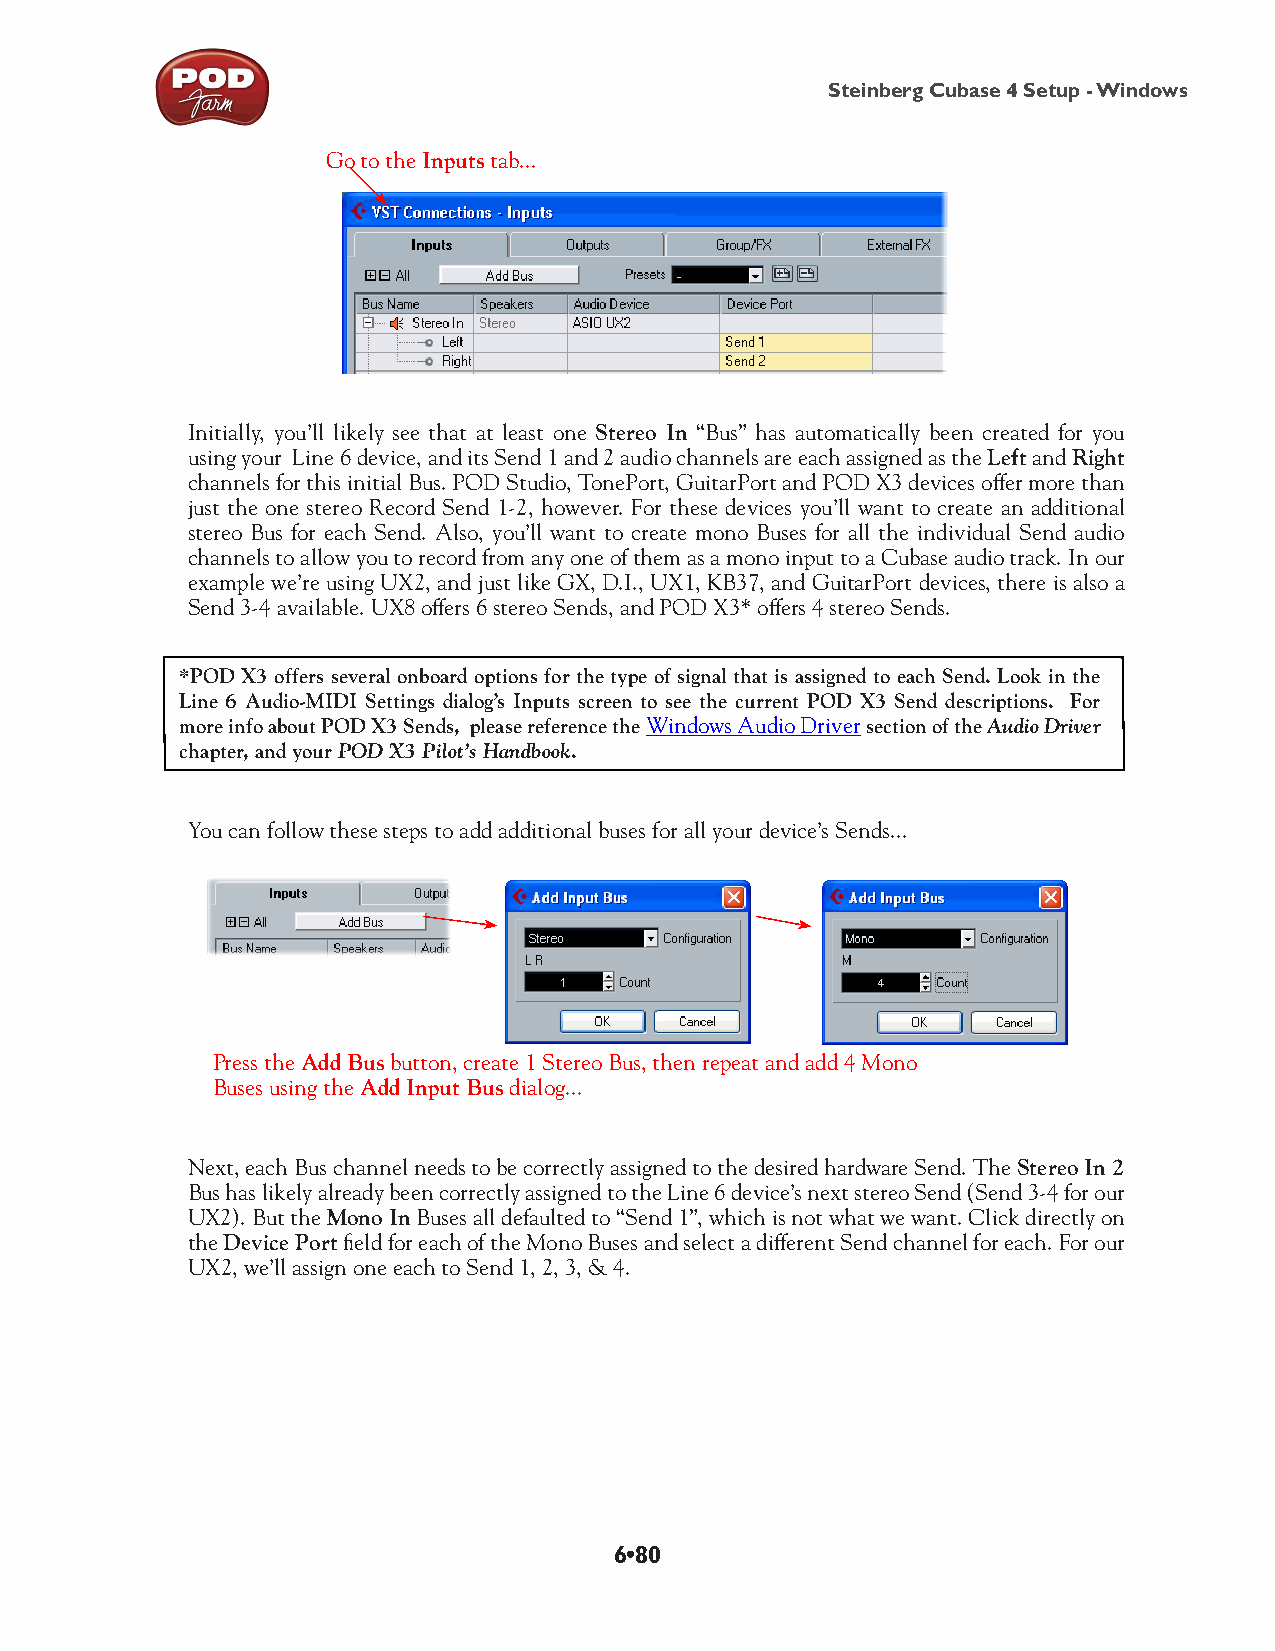
Steinberg Cubase 4 Setup - Windows
 Go to the Inputs tab...
 Initially, you’ll likely see that at least one Stereo In “Bus” has automatically been created for you
 using your Line 6 device, and its Send 1 and 2 audio channels are each assigned as the Left and Right
 channels for this initial Bus. POD Studio, TonePort, GuitarPort and POD X3 devices offer more than
 just the one stereo Record Send 1-2, however. For these devices you’ll want to create an additional
 stereo Bus for each Send. Also, you’ll want to create mono Buses for all the individual Send audio
 channels to allow you to record from any one of them as a mono input to a Cubase audio track. In our
 example we’re using UX2, and just like GX, D.I., UX1, KB37, and GuitarPort devices, there is also a
 Send 3-4 available. UX8 offers 6 stereo Sends, and POD X3* offers 4 stereo Sends.
 *POD X3 offers several onboard options for the type of signal that is assigned to each Send. Look in the
 L ine 6 Audio-MIDI Settings dialog’s Inputs screen to see the current POD X3 Send descriptions. For
 more info about POD X3 Sends, please reference the Windows Audio Driver section of the Audio Driver
 chapter, and your POD X3 Pilot’s Handbook.
 You can follow these steps to add additional buses for all your device’s Sends...
 Press the Add Bus button, create 1 Stereo Bus, then repeat and add 4 Mono
 Buses using the Add Input Bus dialog...
 Next, each Bus channel needs to be correctly assigned to the desired hardware Send. The Stereo In 2
 Bus has likely already been correctly assigned to the Line 6 device’s next stereo Send (Send 3-4 for our
 UX2). But the Mono In Buses all defaulted to “Send 1”, which is not what we want. Click directly on
 the Device Port field for each of the Mono Buses and select a different Send channel for each. For our
 UX2, we’ll assign one each to Send 1, 2, 3, & 4.
 6•80